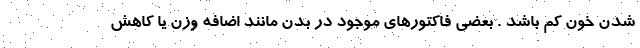
شدن خون کم باشد . بعضی فاکتورهای موجود در بدن مانند اضافه وزن یا کاهش